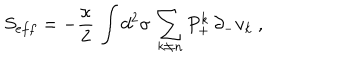
LaTeX: S _ { e f f } = - { \frac { \kappa } { 2 } } \, \int d ^ { 2 } \sigma \, \sum _ { k \not = n } P _ { + } ^ { k } \, \partial _ { - } v _ { k } \ ,